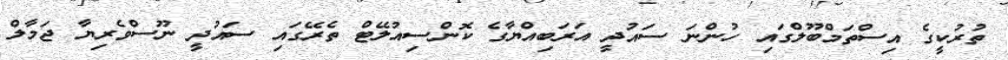
ތުރުކީގެ އިސްތަމްބޫލްގައި ހުންނަ ސައުދީ އަރަބިއްޔާގެ ކޮންސިއުލޭޓް ތެރޭގައި ސައުދީ ނޫސްވެރިޔާ ޖަމާލް